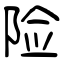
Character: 险